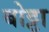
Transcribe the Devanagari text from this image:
बोट्टा